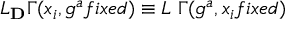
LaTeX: { \cal L } _ { \bf D } \Gamma ( x _ { i } , g ^ { a } f i x e d ) \equiv { \cal L } _ { \bf \beta } \Gamma ( g ^ { a } , x _ { i } f i x e d )